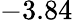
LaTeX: -3.84